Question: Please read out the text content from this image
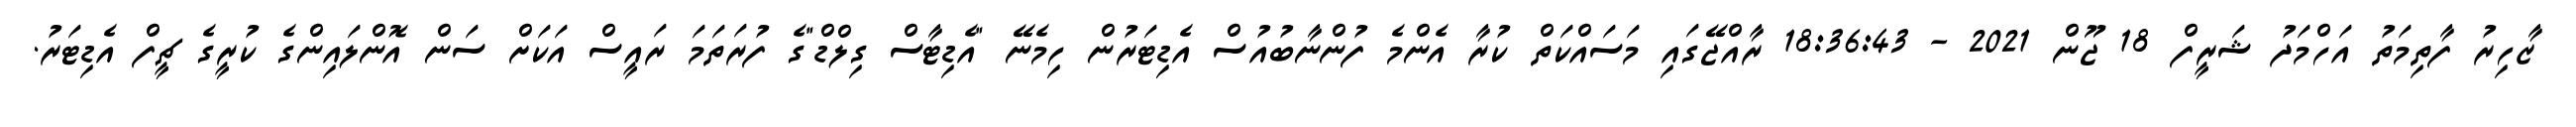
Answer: ޒާހިރު ފާތިމަތު އަހްމަދު ޝަރީފް 18 ޖޫން 2021 - 18:36:43 ރާއްޖޭގައި މަސައްކަތް ކުރާ އެންމެ ފުންނާބުއުސް އެޑިޓަރުން ހިމެނޭ "އެޑިޓާސް ގިލްޑް"ގެ ފުރަތަމަ ރައީސް އަކަށް ސަން އޮންލައިންގެ ކުރީގެ ޗީފް އެޑިޓަރު.